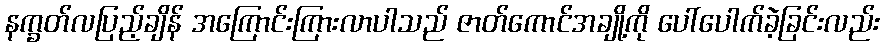
နက္ခတ်လပြည့်ချိန် အကြောင်းကြားလာပါသည် ဇာတ်ကောင်အချို့ကို ပေါ်ပေါက်ခဲ့ခြင်းလည်း